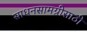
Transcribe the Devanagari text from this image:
साधनसामग्रीसाठी